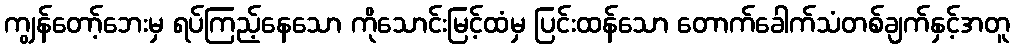
ကျွန်တော့်ဘေးမှ ရပ်ကြည့်နေသော ကိုသောင်းမြင့်ထံမှ ပြင်းထန်သော တောက်ခေါက်သံတစ်ချက်နှင့်အတူ